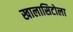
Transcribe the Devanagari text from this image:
खालासिटोला